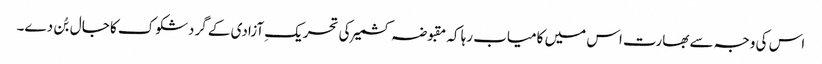
اس کی وجہ سے بھارت اس میں کامیاب رہا کہ مقبوضہ کشمیر کی تحریکِ آزادی کے گردشکوک کا جال بُن دے۔